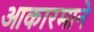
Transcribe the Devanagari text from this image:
आकारमाने